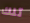
تلك